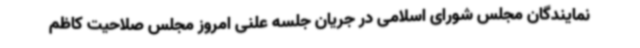
نمایندگان مجلس شورای اسلامی در جریان جلسه علنی امروز مجلس صلاحیت کاظم